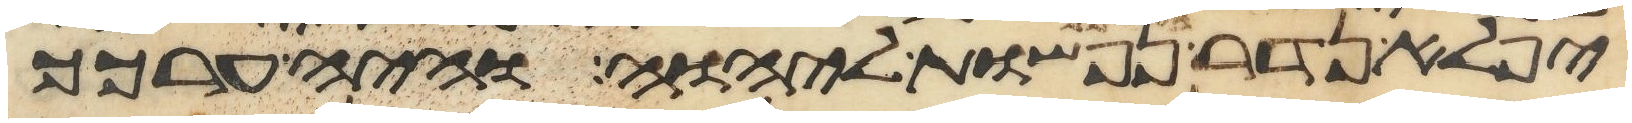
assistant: יפלא נדר בערכך נפשות ליהוה והיה ערכך